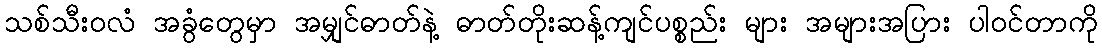
သစ်သီးဝလံ အခွံတွေမှာ အမျှင်ဓာတ်နဲ့ ဓာတ်တိုးဆန့်ကျင်ပစ္စည်း များ အများအပြား ပါဝင်တာကို